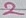
Text: 2